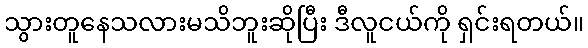
သွားတူနေသလားမသိဘူးဆိုပြီး ဒီလူငယ်ကို ရှင်းရတယ်။